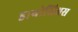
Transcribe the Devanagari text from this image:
डायोसिअस